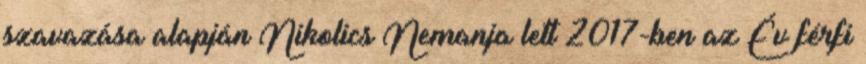
szavazása alapján Nikolics Nemanja lett 2017-ben az Év férfi